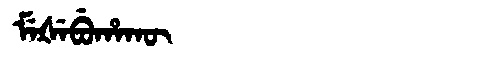
Manchu: ᠮᡝᡧᡝᠪᡠᡥᠠᡴᡡ
Romanization: MEŠEBUHAKŪ